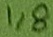
Text: 1,8